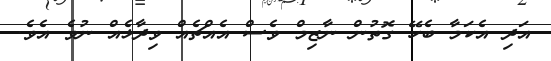
އަދި އެކަމާ ބެހޭ ގޮތުން ނާޒިމް ވެސް އެއްޗެއް ވިދާޅެއް ނުވެ އެވެ.